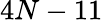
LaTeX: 4N-11